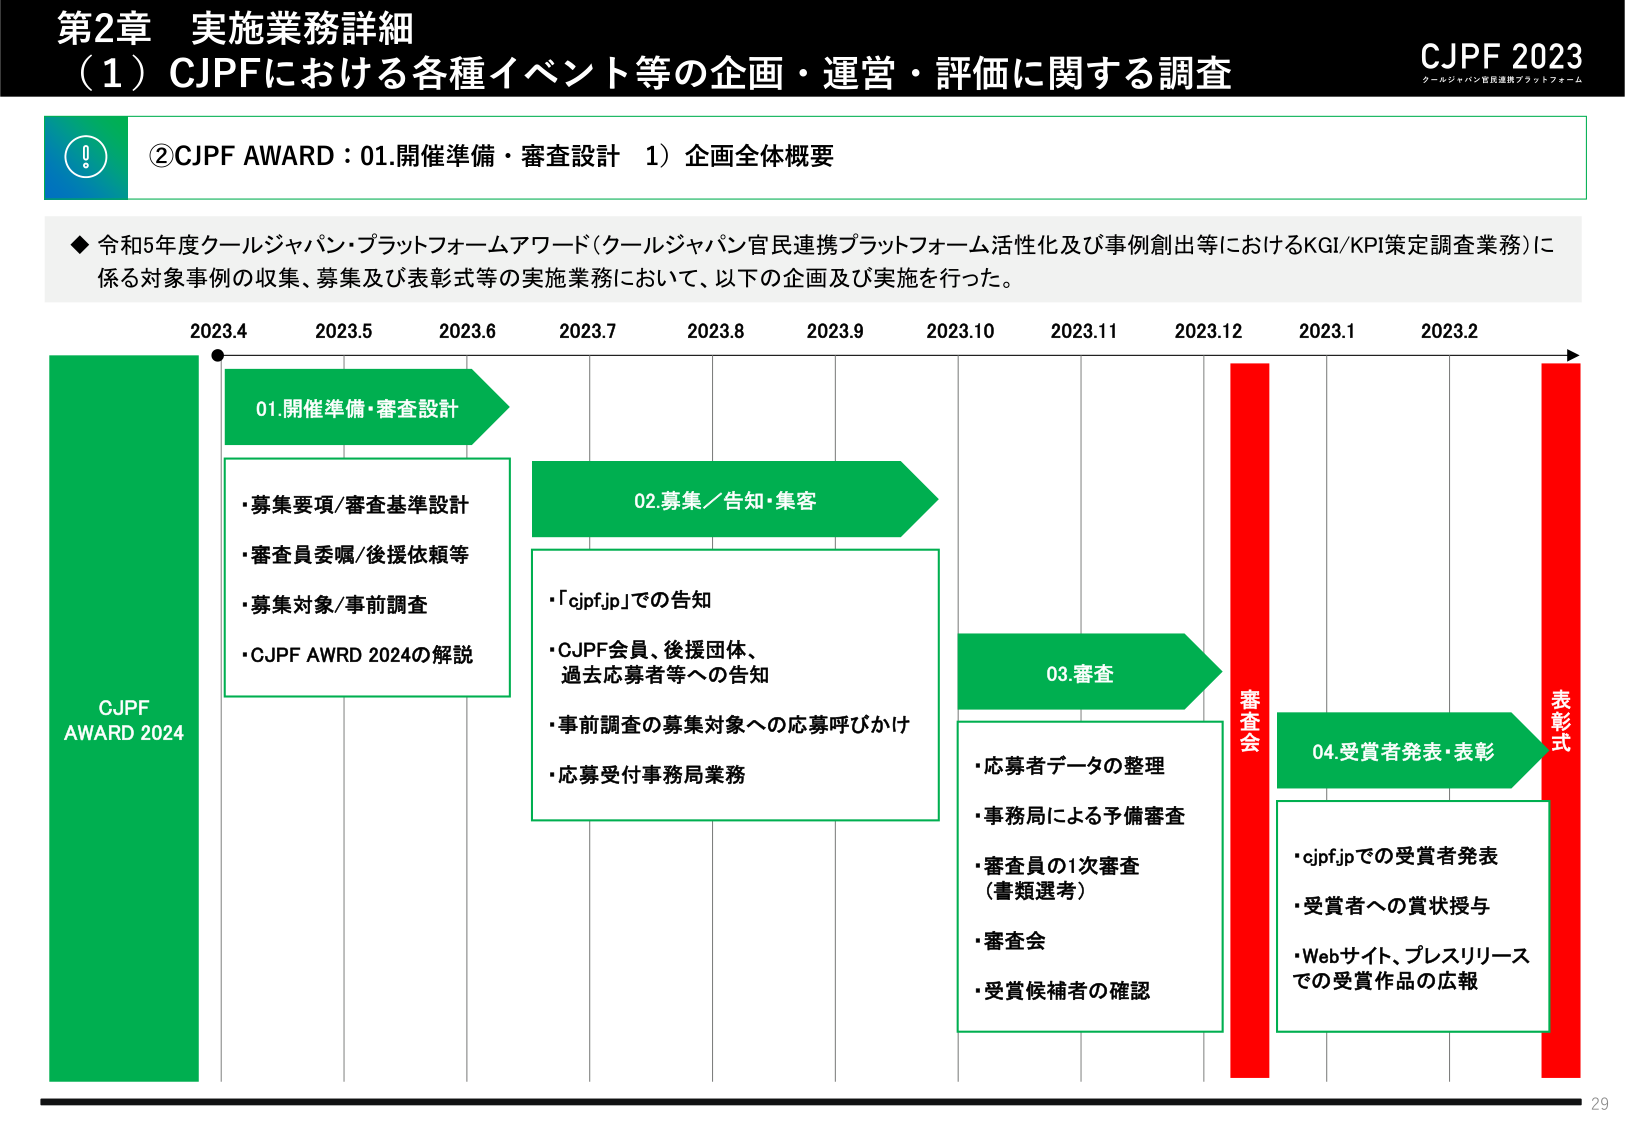
第2章 実施業務詳細
（1）CJPFにおける各種イベント等の企画・運営・評価に関する調査
CJPF 2023
クールジャパン官民連携プラットフォーム

②CJPF AWARD：01.開催準備・審査設計 1）企画全体概要

◆令和5年度クールジャパン・プラットフォームアワード（クールジャパン官民連携プラットフォーム活性化及び事例創出等におけるKGI/KPI策定調査業務）に係る対象事例の収集、募集及び表彰式等の実施業務において、以下の企画及び実施を行った。

2023.4　2023.5　2023.6　2023.7　2023.8　2023.9　2023.10　2023.11　2023.12　2023.1　2023.2

CJPF
AWARD 2024

01.開催準備・審査設計
・募集要項/審査基準設計
・審査員委嘱/後援依頼等
・募集対象/事前調査
・CJPF AWRD 2024の解説

02.募集／告知・集客
・「cjpf.jp」での告知
・CJPF会員、後援団体、過去応募者等への告知
・事前調査の募集対象への応募呼びかけ
・応募受付事務局業務

03.審査
・応募者データの整理
・事務局による予備審査
・審査員の1次審査（書類選考）
・審査会
・受賞候補者の確認

審査会

04.受賞者発表・表彰
・cjpf.jpでの受賞者発表
・受賞者への賞状授与
・Webサイト、プレスリリースでの受賞作品の広報

表彰式

29